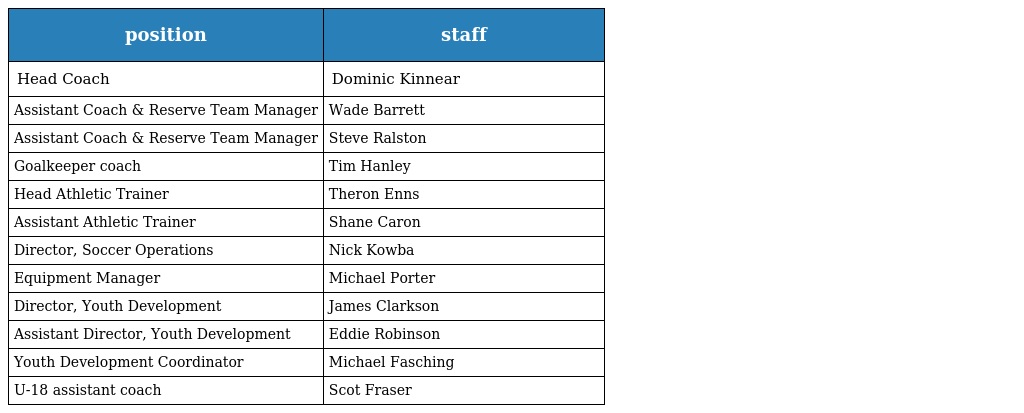
| position | staff |
 | --- | --- |
 | Head Coach | Dominic Kinnear |
 | Assistant Coach & Reserve Team Manager | Wade Barrett |
 | Assistant Coach & Reserve Team Manager | Steve Ralston |
 | Goalkeeper coach | Tim Hanley |
 | Head Athletic Trainer | Theron Enns |
 | Assistant Athletic Trainer | Shane Caron |
 | Director, Soccer Operations | Nick Kowba |
 | Equipment Manager | Michael Porter |
 | Director, Youth Development | James Clarkson |
 | Assistant Director, Youth Development | Eddie Robinson |
 | Youth Development Coordinator | Michael Fasching |
 | U-18 assistant coach | Scot Fraser |